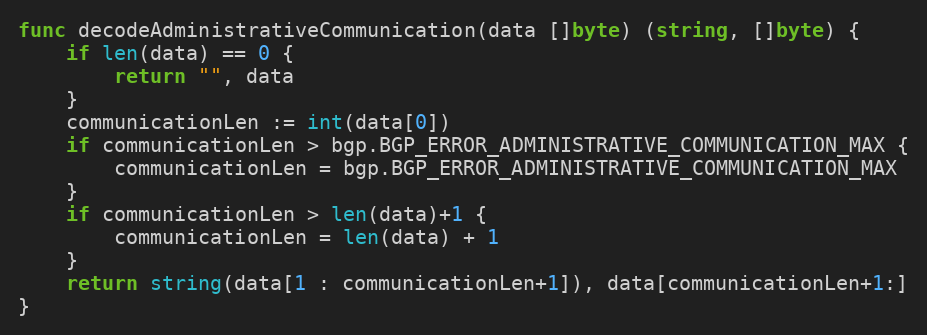
Language: Go
func decodeAdministrativeCommunication(data []byte) (string, []byte) {
	if len(data) == 0 {
		return "", data
	}
	communicationLen := int(data[0])
	if communicationLen > bgp.BGP_ERROR_ADMINISTRATIVE_COMMUNICATION_MAX {
		communicationLen = bgp.BGP_ERROR_ADMINISTRATIVE_COMMUNICATION_MAX
	}
	if communicationLen > len(data)+1 {
		communicationLen = len(data) + 1
	}
	return string(data[1 : communicationLen+1]), data[communicationLen+1:]
}